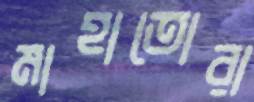
মাহাতোরা